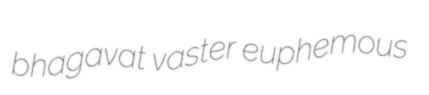
bhagavat vaster euphemous